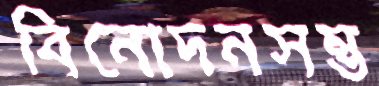
বিনোদনসম্ভ